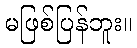
မဖြစ်ပြန်ဘူး။